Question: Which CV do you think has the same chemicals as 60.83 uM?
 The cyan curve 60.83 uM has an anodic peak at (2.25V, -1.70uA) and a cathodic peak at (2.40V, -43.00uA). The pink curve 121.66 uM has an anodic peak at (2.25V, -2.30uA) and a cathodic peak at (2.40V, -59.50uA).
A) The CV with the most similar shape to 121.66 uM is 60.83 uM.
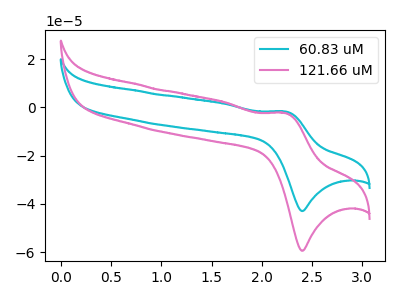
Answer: <think>All the peaks in "60.83 uM" have a peak in "121.66 uM" at the same potential.
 </think>
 <answer>A) The CV with the most similar shape to "121.66 uM" is "60.83 uM".</answer>
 <eval>A</eval>